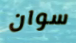
سوان